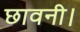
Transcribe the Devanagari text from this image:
छावनी।